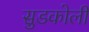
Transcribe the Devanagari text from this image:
सुडकोली